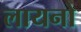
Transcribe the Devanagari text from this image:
लायनो